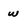
Character: w